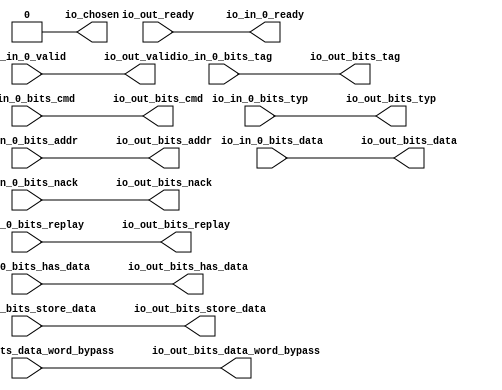
// This program was cloned from: https://github.com/NYU-MLDA/OpenABC
// License: BSD 3-Clause "New" or "Revised" License

module Arbiter_11
(
  io_in_0_ready,
  io_in_0_valid,
  io_in_0_bits_addr,
  io_in_0_bits_tag,
  io_in_0_bits_cmd,
  io_in_0_bits_typ,
  io_in_0_bits_data,
  io_in_0_bits_nack,
  io_in_0_bits_replay,
  io_in_0_bits_has_data,
  io_in_0_bits_data_word_bypass,
  io_in_0_bits_store_data,
  io_out_ready,
  io_out_valid,
  io_out_bits_addr,
  io_out_bits_tag,
  io_out_bits_cmd,
  io_out_bits_typ,
  io_out_bits_data,
  io_out_bits_nack,
  io_out_bits_replay,
  io_out_bits_has_data,
  io_out_bits_data_word_bypass,
  io_out_bits_store_data,
  io_chosen
);

  input [39:0] io_in_0_bits_addr;
  input [9:0] io_in_0_bits_tag;
  input [4:0] io_in_0_bits_cmd;
  input [2:0] io_in_0_bits_typ;
  input [63:0] io_in_0_bits_data;
  input [63:0] io_in_0_bits_data_word_bypass;
  input [63:0] io_in_0_bits_store_data;
  output [39:0] io_out_bits_addr;
  output [9:0] io_out_bits_tag;
  output [4:0] io_out_bits_cmd;
  output [2:0] io_out_bits_typ;
  output [63:0] io_out_bits_data;
  output [63:0] io_out_bits_data_word_bypass;
  output [63:0] io_out_bits_store_data;
  input io_in_0_valid;
  input io_in_0_bits_nack;
  input io_in_0_bits_replay;
  input io_in_0_bits_has_data;
  input io_out_ready;
  output io_in_0_ready;
  output io_out_valid;
  output io_out_bits_nack;
  output io_out_bits_replay;
  output io_out_bits_has_data;
  output io_chosen;
  wire [39:0] io_out_bits_addr;
  wire [9:0] io_out_bits_tag;
  wire [4:0] io_out_bits_cmd;
  wire [2:0] io_out_bits_typ;
  wire [63:0] io_out_bits_data,io_out_bits_data_word_bypass,io_out_bits_store_data;
  wire io_in_0_ready,io_out_valid,io_out_bits_nack,io_out_bits_replay,
  io_out_bits_has_data,io_chosen,io_out_ready,io_in_0_valid,io_in_0_bits_nack,io_in_0_bits_replay,
  io_in_0_bits_has_data;
  assign io_chosen = 1'b0;
  assign io_in_0_ready = io_out_ready;
  assign io_out_valid = io_in_0_valid;
  assign io_out_bits_addr[39] = io_in_0_bits_addr[39];
  assign io_out_bits_addr[38] = io_in_0_bits_addr[38];
  assign io_out_bits_addr[37] = io_in_0_bits_addr[37];
  assign io_out_bits_addr[36] = io_in_0_bits_addr[36];
  assign io_out_bits_addr[35] = io_in_0_bits_addr[35];
  assign io_out_bits_addr[34] = io_in_0_bits_addr[34];
  assign io_out_bits_addr[33] = io_in_0_bits_addr[33];
  assign io_out_bits_addr[32] = io_in_0_bits_addr[32];
  assign io_out_bits_addr[31] = io_in_0_bits_addr[31];
  assign io_out_bits_addr[30] = io_in_0_bits_addr[30];
  assign io_out_bits_addr[29] = io_in_0_bits_addr[29];
  assign io_out_bits_addr[28] = io_in_0_bits_addr[28];
  assign io_out_bits_addr[27] = io_in_0_bits_addr[27];
  assign io_out_bits_addr[26] = io_in_0_bits_addr[26];
  assign io_out_bits_addr[25] = io_in_0_bits_addr[25];
  assign io_out_bits_addr[24] = io_in_0_bits_addr[24];
  assign io_out_bits_addr[23] = io_in_0_bits_addr[23];
  assign io_out_bits_addr[22] = io_in_0_bits_addr[22];
  assign io_out_bits_addr[21] = io_in_0_bits_addr[21];
  assign io_out_bits_addr[20] = io_in_0_bits_addr[20];
  assign io_out_bits_addr[19] = io_in_0_bits_addr[19];
  assign io_out_bits_addr[18] = io_in_0_bits_addr[18];
  assign io_out_bits_addr[17] = io_in_0_bits_addr[17];
  assign io_out_bits_addr[16] = io_in_0_bits_addr[16];
  assign io_out_bits_addr[15] = io_in_0_bits_addr[15];
  assign io_out_bits_addr[14] = io_in_0_bits_addr[14];
  assign io_out_bits_addr[13] = io_in_0_bits_addr[13];
  assign io_out_bits_addr[12] = io_in_0_bits_addr[12];
  assign io_out_bits_addr[11] = io_in_0_bits_addr[11];
  assign io_out_bits_addr[10] = io_in_0_bits_addr[10];
  assign io_out_bits_addr[9] = io_in_0_bits_addr[9];
  assign io_out_bits_addr[8] = io_in_0_bits_addr[8];
  assign io_out_bits_addr[7] = io_in_0_bits_addr[7];
  assign io_out_bits_addr[6] = io_in_0_bits_addr[6];
  assign io_out_bits_addr[5] = io_in_0_bits_addr[5];
  assign io_out_bits_addr[4] = io_in_0_bits_addr[4];
  assign io_out_bits_addr[3] = io_in_0_bits_addr[3];
  assign io_out_bits_addr[2] = io_in_0_bits_addr[2];
  assign io_out_bits_addr[1] = io_in_0_bits_addr[1];
  assign io_out_bits_addr[0] = io_in_0_bits_addr[0];
  assign io_out_bits_tag[9] = io_in_0_bits_tag[9];
  assign io_out_bits_tag[8] = io_in_0_bits_tag[8];
  assign io_out_bits_tag[7] = io_in_0_bits_tag[7];
  assign io_out_bits_tag[6] = io_in_0_bits_tag[6];
  assign io_out_bits_tag[5] = io_in_0_bits_tag[5];
  assign io_out_bits_tag[4] = io_in_0_bits_tag[4];
  assign io_out_bits_tag[3] = io_in_0_bits_tag[3];
  assign io_out_bits_tag[2] = io_in_0_bits_tag[2];
  assign io_out_bits_tag[1] = io_in_0_bits_tag[1];
  assign io_out_bits_tag[0] = io_in_0_bits_tag[0];
  assign io_out_bits_cmd[4] = io_in_0_bits_cmd[4];
  assign io_out_bits_cmd[3] = io_in_0_bits_cmd[3];
  assign io_out_bits_cmd[2] = io_in_0_bits_cmd[2];
  assign io_out_bits_cmd[1] = io_in_0_bits_cmd[1];
  assign io_out_bits_cmd[0] = io_in_0_bits_cmd[0];
  assign io_out_bits_typ[2] = io_in_0_bits_typ[2];
  assign io_out_bits_typ[1] = io_in_0_bits_typ[1];
  assign io_out_bits_typ[0] = io_in_0_bits_typ[0];
  assign io_out_bits_data[63] = io_in_0_bits_data[63];
  assign io_out_bits_data[62] = io_in_0_bits_data[62];
  assign io_out_bits_data[61] = io_in_0_bits_data[61];
  assign io_out_bits_data[60] = io_in_0_bits_data[60];
  assign io_out_bits_data[59] = io_in_0_bits_data[59];
  assign io_out_bits_data[58] = io_in_0_bits_data[58];
  assign io_out_bits_data[57] = io_in_0_bits_data[57];
  assign io_out_bits_data[56] = io_in_0_bits_data[56];
  assign io_out_bits_data[55] = io_in_0_bits_data[55];
  assign io_out_bits_data[54] = io_in_0_bits_data[54];
  assign io_out_bits_data[53] = io_in_0_bits_data[53];
  assign io_out_bits_data[52] = io_in_0_bits_data[52];
  assign io_out_bits_data[51] = io_in_0_bits_data[51];
  assign io_out_bits_data[50] = io_in_0_bits_data[50];
  assign io_out_bits_data[49] = io_in_0_bits_data[49];
  assign io_out_bits_data[48] = io_in_0_bits_data[48];
  assign io_out_bits_data[47] = io_in_0_bits_data[47];
  assign io_out_bits_data[46] = io_in_0_bits_data[46];
  assign io_out_bits_data[45] = io_in_0_bits_data[45];
  assign io_out_bits_data[44] = io_in_0_bits_data[44];
  assign io_out_bits_data[43] = io_in_0_bits_data[43];
  assign io_out_bits_data[42] = io_in_0_bits_data[42];
  assign io_out_bits_data[41] = io_in_0_bits_data[41];
  assign io_out_bits_data[40] = io_in_0_bits_data[40];
  assign io_out_bits_data[39] = io_in_0_bits_data[39];
  assign io_out_bits_data[38] = io_in_0_bits_data[38];
  assign io_out_bits_data[37] = io_in_0_bits_data[37];
  assign io_out_bits_data[36] = io_in_0_bits_data[36];
  assign io_out_bits_data[35] = io_in_0_bits_data[35];
  assign io_out_bits_data[34] = io_in_0_bits_data[34];
  assign io_out_bits_data[33] = io_in_0_bits_data[33];
  assign io_out_bits_data[32] = io_in_0_bits_data[32];
  assign io_out_bits_data[31] = io_in_0_bits_data[31];
  assign io_out_bits_data[30] = io_in_0_bits_data[30];
  assign io_out_bits_data[29] = io_in_0_bits_data[29];
  assign io_out_bits_data[28] = io_in_0_bits_data[28];
  assign io_out_bits_data[27] = io_in_0_bits_data[27];
  assign io_out_bits_data[26] = io_in_0_bits_data[26];
  assign io_out_bits_data[25] = io_in_0_bits_data[25];
  assign io_out_bits_data[24] = io_in_0_bits_data[24];
  assign io_out_bits_data[23] = io_in_0_bits_data[23];
  assign io_out_bits_data[22] = io_in_0_bits_data[22];
  assign io_out_bits_data[21] = io_in_0_bits_data[21];
  assign io_out_bits_data[20] = io_in_0_bits_data[20];
  assign io_out_bits_data[19] = io_in_0_bits_data[19];
  assign io_out_bits_data[18] = io_in_0_bits_data[18];
  assign io_out_bits_data[17] = io_in_0_bits_data[17];
  assign io_out_bits_data[16] = io_in_0_bits_data[16];
  assign io_out_bits_data[15] = io_in_0_bits_data[15];
  assign io_out_bits_data[14] = io_in_0_bits_data[14];
  assign io_out_bits_data[13] = io_in_0_bits_data[13];
  assign io_out_bits_data[12] = io_in_0_bits_data[12];
  assign io_out_bits_data[11] = io_in_0_bits_data[11];
  assign io_out_bits_data[10] = io_in_0_bits_data[10];
  assign io_out_bits_data[9] = io_in_0_bits_data[9];
  assign io_out_bits_data[8] = io_in_0_bits_data[8];
  assign io_out_bits_data[7] = io_in_0_bits_data[7];
  assign io_out_bits_data[6] = io_in_0_bits_data[6];
  assign io_out_bits_data[5] = io_in_0_bits_data[5];
  assign io_out_bits_data[4] = io_in_0_bits_data[4];
  assign io_out_bits_data[3] = io_in_0_bits_data[3];
  assign io_out_bits_data[2] = io_in_0_bits_data[2];
  assign io_out_bits_data[1] = io_in_0_bits_data[1];
  assign io_out_bits_data[0] = io_in_0_bits_data[0];
  assign io_out_bits_nack = io_in_0_bits_nack;
  assign io_out_bits_replay = io_in_0_bits_replay;
  assign io_out_bits_has_data = io_in_0_bits_has_data;
  assign io_out_bits_data_word_bypass[63] = io_in_0_bits_data_word_bypass[63];
  assign io_out_bits_data_word_bypass[62] = io_in_0_bits_data_word_bypass[62];
  assign io_out_bits_data_word_bypass[61] = io_in_0_bits_data_word_bypass[61];
  assign io_out_bits_data_word_bypass[60] = io_in_0_bits_data_word_bypass[60];
  assign io_out_bits_data_word_bypass[59] = io_in_0_bits_data_word_bypass[59];
  assign io_out_bits_data_word_bypass[58] = io_in_0_bits_data_word_bypass[58];
  assign io_out_bits_data_word_bypass[57] = io_in_0_bits_data_word_bypass[57];
  assign io_out_bits_data_word_bypass[56] = io_in_0_bits_data_word_bypass[56];
  assign io_out_bits_data_word_bypass[55] = io_in_0_bits_data_word_bypass[55];
  assign io_out_bits_data_word_bypass[54] = io_in_0_bits_data_word_bypass[54];
  assign io_out_bits_data_word_bypass[53] = io_in_0_bits_data_word_bypass[53];
  assign io_out_bits_data_word_bypass[52] = io_in_0_bits_data_word_bypass[52];
  assign io_out_bits_data_word_bypass[51] = io_in_0_bits_data_word_bypass[51];
  assign io_out_bits_data_word_bypass[50] = io_in_0_bits_data_word_bypass[50];
  assign io_out_bits_data_word_bypass[49] = io_in_0_bits_data_word_bypass[49];
  assign io_out_bits_data_word_bypass[48] = io_in_0_bits_data_word_bypass[48];
  assign io_out_bits_data_word_bypass[47] = io_in_0_bits_data_word_bypass[47];
  assign io_out_bits_data_word_bypass[46] = io_in_0_bits_data_word_bypass[46];
  assign io_out_bits_data_word_bypass[45] = io_in_0_bits_data_word_bypass[45];
  assign io_out_bits_data_word_bypass[44] = io_in_0_bits_data_word_bypass[44];
  assign io_out_bits_data_word_bypass[43] = io_in_0_bits_data_word_bypass[43];
  assign io_out_bits_data_word_bypass[42] = io_in_0_bits_data_word_bypass[42];
  assign io_out_bits_data_word_bypass[41] = io_in_0_bits_data_word_bypass[41];
  assign io_out_bits_data_word_bypass[40] = io_in_0_bits_data_word_bypass[40];
  assign io_out_bits_data_word_bypass[39] = io_in_0_bits_data_word_bypass[39];
  assign io_out_bits_data_word_bypass[38] = io_in_0_bits_data_word_bypass[38];
  assign io_out_bits_data_word_bypass[37] = io_in_0_bits_data_word_bypass[37];
  assign io_out_bits_data_word_bypass[36] = io_in_0_bits_data_word_bypass[36];
  assign io_out_bits_data_word_bypass[35] = io_in_0_bits_data_word_bypass[35];
  assign io_out_bits_data_word_bypass[34] = io_in_0_bits_data_word_bypass[34];
  assign io_out_bits_data_word_bypass[33] = io_in_0_bits_data_word_bypass[33];
  assign io_out_bits_data_word_bypass[32] = io_in_0_bits_data_word_bypass[32];
  assign io_out_bits_data_word_bypass[31] = io_in_0_bits_data_word_bypass[31];
  assign io_out_bits_data_word_bypass[30] = io_in_0_bits_data_word_bypass[30];
  assign io_out_bits_data_word_bypass[29] = io_in_0_bits_data_word_bypass[29];
  assign io_out_bits_data_word_bypass[28] = io_in_0_bits_data_word_bypass[28];
  assign io_out_bits_data_word_bypass[27] = io_in_0_bits_data_word_bypass[27];
  assign io_out_bits_data_word_bypass[26] = io_in_0_bits_data_word_bypass[26];
  assign io_out_bits_data_word_bypass[25] = io_in_0_bits_data_word_bypass[25];
  assign io_out_bits_data_word_bypass[24] = io_in_0_bits_data_word_bypass[24];
  assign io_out_bits_data_word_bypass[23] = io_in_0_bits_data_word_bypass[23];
  assign io_out_bits_data_word_bypass[22] = io_in_0_bits_data_word_bypass[22];
  assign io_out_bits_data_word_bypass[21] = io_in_0_bits_data_word_bypass[21];
  assign io_out_bits_data_word_bypass[20] = io_in_0_bits_data_word_bypass[20];
  assign io_out_bits_data_word_bypass[19] = io_in_0_bits_data_word_bypass[19];
  assign io_out_bits_data_word_bypass[18] = io_in_0_bits_data_word_bypass[18];
  assign io_out_bits_data_word_bypass[17] = io_in_0_bits_data_word_bypass[17];
  assign io_out_bits_data_word_bypass[16] = io_in_0_bits_data_word_bypass[16];
  assign io_out_bits_data_word_bypass[15] = io_in_0_bits_data_word_bypass[15];
  assign io_out_bits_data_word_bypass[14] = io_in_0_bits_data_word_bypass[14];
  assign io_out_bits_data_word_bypass[13] = io_in_0_bits_data_word_bypass[13];
  assign io_out_bits_data_word_bypass[12] = io_in_0_bits_data_word_bypass[12];
  assign io_out_bits_data_word_bypass[11] = io_in_0_bits_data_word_bypass[11];
  assign io_out_bits_data_word_bypass[10] = io_in_0_bits_data_word_bypass[10];
  assign io_out_bits_data_word_bypass[9] = io_in_0_bits_data_word_bypass[9];
  assign io_out_bits_data_word_bypass[8] = io_in_0_bits_data_word_bypass[8];
  assign io_out_bits_data_word_bypass[7] = io_in_0_bits_data_word_bypass[7];
  assign io_out_bits_data_word_bypass[6] = io_in_0_bits_data_word_bypass[6];
  assign io_out_bits_data_word_bypass[5] = io_in_0_bits_data_word_bypass[5];
  assign io_out_bits_data_word_bypass[4] = io_in_0_bits_data_word_bypass[4];
  assign io_out_bits_data_word_bypass[3] = io_in_0_bits_data_word_bypass[3];
  assign io_out_bits_data_word_bypass[2] = io_in_0_bits_data_word_bypass[2];
  assign io_out_bits_data_word_bypass[1] = io_in_0_bits_data_word_bypass[1];
  assign io_out_bits_data_word_bypass[0] = io_in_0_bits_data_word_bypass[0];
  assign io_out_bits_store_data[63] = io_in_0_bits_store_data[63];
  assign io_out_bits_store_data[62] = io_in_0_bits_store_data[62];
  assign io_out_bits_store_data[61] = io_in_0_bits_store_data[61];
  assign io_out_bits_store_data[60] = io_in_0_bits_store_data[60];
  assign io_out_bits_store_data[59] = io_in_0_bits_store_data[59];
  assign io_out_bits_store_data[58] = io_in_0_bits_store_data[58];
  assign io_out_bits_store_data[57] = io_in_0_bits_store_data[57];
  assign io_out_bits_store_data[56] = io_in_0_bits_store_data[56];
  assign io_out_bits_store_data[55] = io_in_0_bits_store_data[55];
  assign io_out_bits_store_data[54] = io_in_0_bits_store_data[54];
  assign io_out_bits_store_data[53] = io_in_0_bits_store_data[53];
  assign io_out_bits_store_data[52] = io_in_0_bits_store_data[52];
  assign io_out_bits_store_data[51] = io_in_0_bits_store_data[51];
  assign io_out_bits_store_data[50] = io_in_0_bits_store_data[50];
  assign io_out_bits_store_data[49] = io_in_0_bits_store_data[49];
  assign io_out_bits_store_data[48] = io_in_0_bits_store_data[48];
  assign io_out_bits_store_data[47] = io_in_0_bits_store_data[47];
  assign io_out_bits_store_data[46] = io_in_0_bits_store_data[46];
  assign io_out_bits_store_data[45] = io_in_0_bits_store_data[45];
  assign io_out_bits_store_data[44] = io_in_0_bits_store_data[44];
  assign io_out_bits_store_data[43] = io_in_0_bits_store_data[43];
  assign io_out_bits_store_data[42] = io_in_0_bits_store_data[42];
  assign io_out_bits_store_data[41] = io_in_0_bits_store_data[41];
  assign io_out_bits_store_data[40] = io_in_0_bits_store_data[40];
  assign io_out_bits_store_data[39] = io_in_0_bits_store_data[39];
  assign io_out_bits_store_data[38] = io_in_0_bits_store_data[38];
  assign io_out_bits_store_data[37] = io_in_0_bits_store_data[37];
  assign io_out_bits_store_data[36] = io_in_0_bits_store_data[36];
  assign io_out_bits_store_data[35] = io_in_0_bits_store_data[35];
  assign io_out_bits_store_data[34] = io_in_0_bits_store_data[34];
  assign io_out_bits_store_data[33] = io_in_0_bits_store_data[33];
  assign io_out_bits_store_data[32] = io_in_0_bits_store_data[32];
  assign io_out_bits_store_data[31] = io_in_0_bits_store_data[31];
  assign io_out_bits_store_data[30] = io_in_0_bits_store_data[30];
  assign io_out_bits_store_data[29] = io_in_0_bits_store_data[29];
  assign io_out_bits_store_data[28] = io_in_0_bits_store_data[28];
  assign io_out_bits_store_data[27] = io_in_0_bits_store_data[27];
  assign io_out_bits_store_data[26] = io_in_0_bits_store_data[26];
  assign io_out_bits_store_data[25] = io_in_0_bits_store_data[25];
  assign io_out_bits_store_data[24] = io_in_0_bits_store_data[24];
  assign io_out_bits_store_data[23] = io_in_0_bits_store_data[23];
  assign io_out_bits_store_data[22] = io_in_0_bits_store_data[22];
  assign io_out_bits_store_data[21] = io_in_0_bits_store_data[21];
  assign io_out_bits_store_data[20] = io_in_0_bits_store_data[20];
  assign io_out_bits_store_data[19] = io_in_0_bits_store_data[19];
  assign io_out_bits_store_data[18] = io_in_0_bits_store_data[18];
  assign io_out_bits_store_data[17] = io_in_0_bits_store_data[17];
  assign io_out_bits_store_data[16] = io_in_0_bits_store_data[16];
  assign io_out_bits_store_data[15] = io_in_0_bits_store_data[15];
  assign io_out_bits_store_data[14] = io_in_0_bits_store_data[14];
  assign io_out_bits_store_data[13] = io_in_0_bits_store_data[13];
  assign io_out_bits_store_data[12] = io_in_0_bits_store_data[12];
  assign io_out_bits_store_data[11] = io_in_0_bits_store_data[11];
  assign io_out_bits_store_data[10] = io_in_0_bits_store_data[10];
  assign io_out_bits_store_data[9] = io_in_0_bits_store_data[9];
  assign io_out_bits_store_data[8] = io_in_0_bits_store_data[8];
  assign io_out_bits_store_data[7] = io_in_0_bits_store_data[7];
  assign io_out_bits_store_data[6] = io_in_0_bits_store_data[6];
  assign io_out_bits_store_data[5] = io_in_0_bits_store_data[5];
  assign io_out_bits_store_data[4] = io_in_0_bits_store_data[4];
  assign io_out_bits_store_data[3] = io_in_0_bits_store_data[3];
  assign io_out_bits_store_data[2] = io_in_0_bits_store_data[2];
  assign io_out_bits_store_data[1] = io_in_0_bits_store_data[1];
  assign io_out_bits_store_data[0] = io_in_0_bits_store_data[0];

endmodule